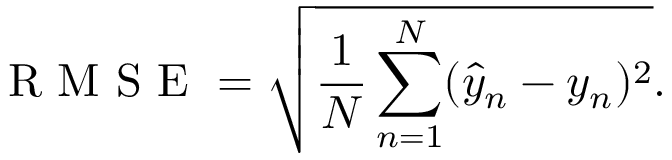
\mathrm { ~ R ~ M ~ S ~ E ~ } = \sqrt { \frac { 1 } { N } \sum _ { n = 1 } ^ { N } ( \hat { y } _ { n } - y _ { n } ) ^ { 2 } } .